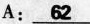
A: \underline{62}